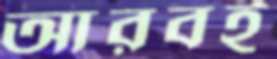
আরবই